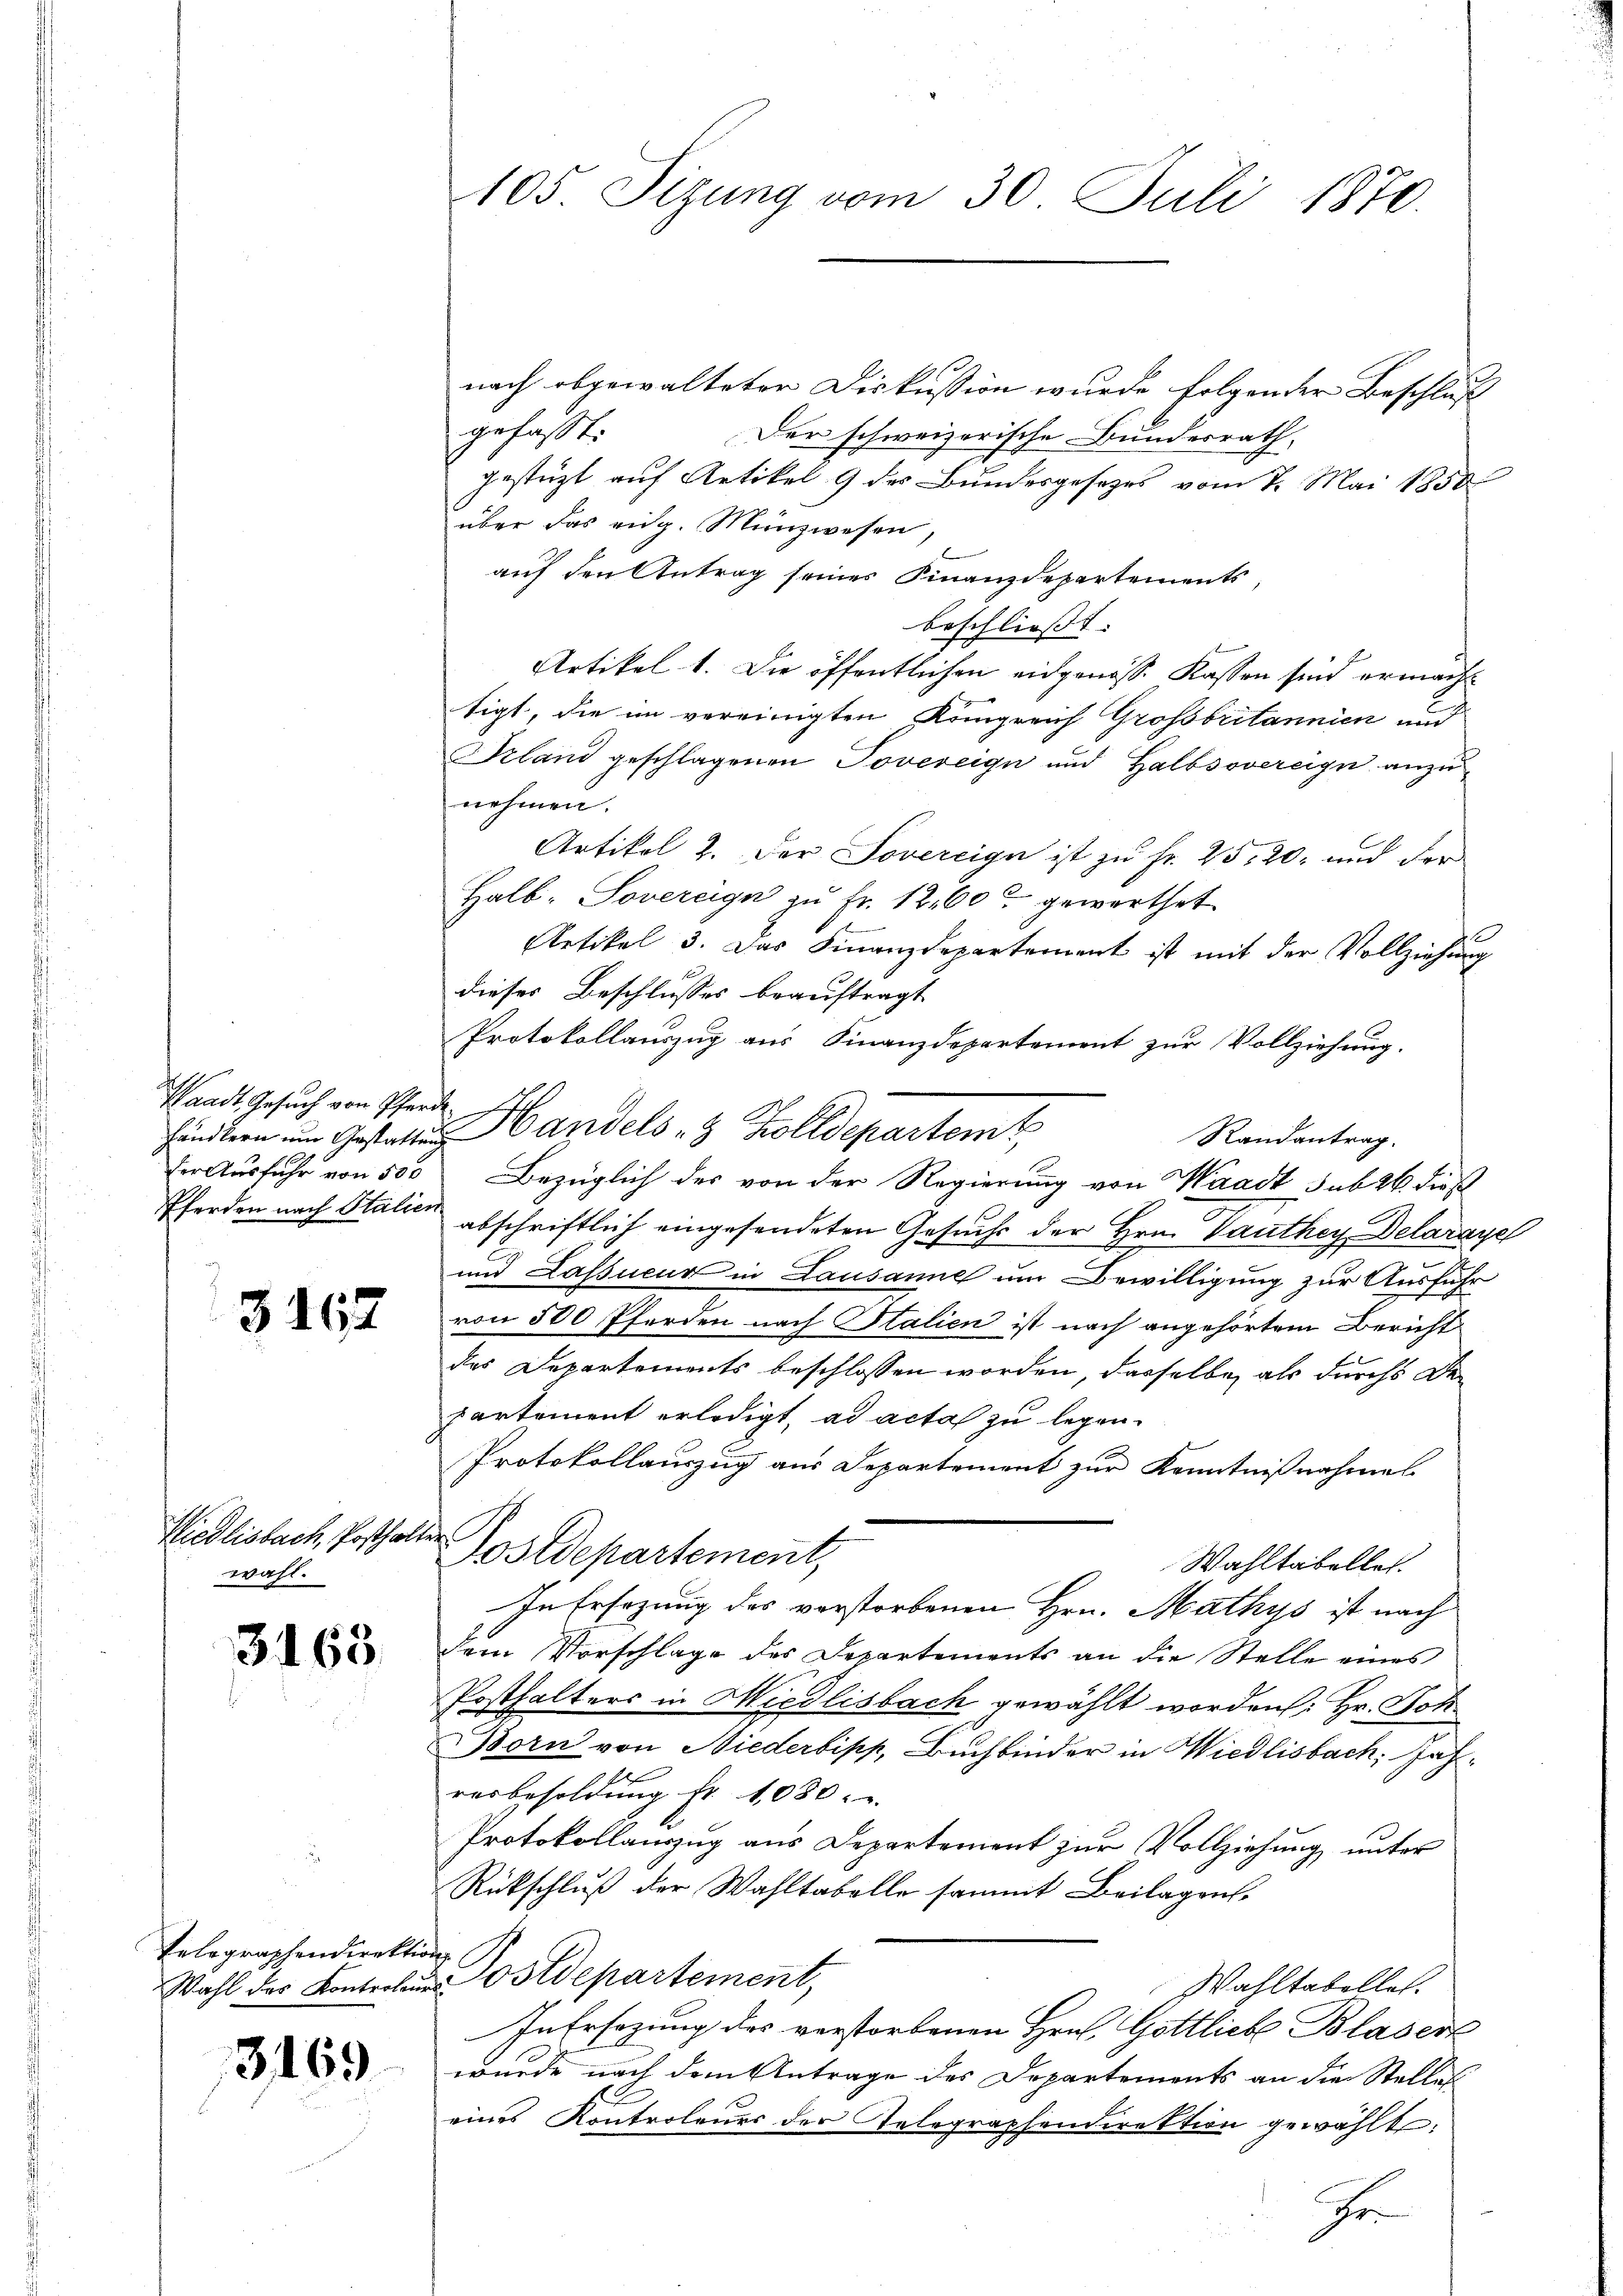
Waadt Gesuch von Pferde.

3167

Wiedlisbach, Posthalter
wahl.

3163.

Telographendirektion

3169

105. Sizung vom 30. Juli 1870.

nach abgewalteten Diskussion wurde folgender Beschluß
gefasst:
Der schweizerische Bundesrath,
gestüzt auf Artikel 9 der Bundesgesetzes vom 7. Mai 1850
über das eidg. Münzwesen,
auf den Antrag seines Finanzdepartements,
beschliesst.
Artikel 1. Die öffentlichen eidgenöss. Kassen sind ermachtigt, die im vereinigten Königreich Grossbritannien und
Prland geschlagenen Tovereign und Halbsovereign anzunehmen.
Artikel 2. Der Sovereign ist zu fr. 25, 20, und der
Halb- Sovereign zu Fr. 1260 gewerthet
Artikel 3. Das Finanzdepartement ist mit der Vollziehung
dieses Beschlusses beauftragt
Protokollauszug aus Finanzdepartement zur Vollziehung.
händlern ŭm Gestatten Handels 8 Zolldepartemt
Randantrag.
er Ausfuhr von 500 Bezüglich des von der Regierung von Waadt sub 26. dies
Pferden nach Stalien abschriftlich eingesandeten Gesuchs der Hrn. Vanthey Delaraye
und Lassieur in Lausanne um Bewilligung zur Ausführ
von 500 Pferden nach Italien ist nach angehörtem Bericht
des Departements beschlossen worden, dasselbe als durchs De-
partement erledigt, ad acta zu legen.
Protokollauszug aus Departement zur Kenntnißnahmes
Postdepartement,
Wahltabellet.
In Ersezung des verstorbenen Hrn. Mathys ist nach
dem Vorschlage des Departements an die Stelle eines
Posthalters in Wiedlisbach gewählt worden: Hr. Joh
Born von Niederbipp, Buchbinder in Wiedlisbach, Jahresbesoldung fr. 1080.
Protokollauszug aus Departement zur Vollziehung unter
Rückschluß der Wahltabelle sammt Beilagen,
Wahl des Kontroler Postdepartement,
Wahltabelles.
In Ersezung des verstorbenen Hrn. Gottliebe Blasert
wurde nach dem Antrage des Departements an die Stelles
eines Kontroleurs der Telegraphendirektion gewählt:
r